Senior Leaving Certificate Examination (including Day School Certificate (Higher) General paper), 1948
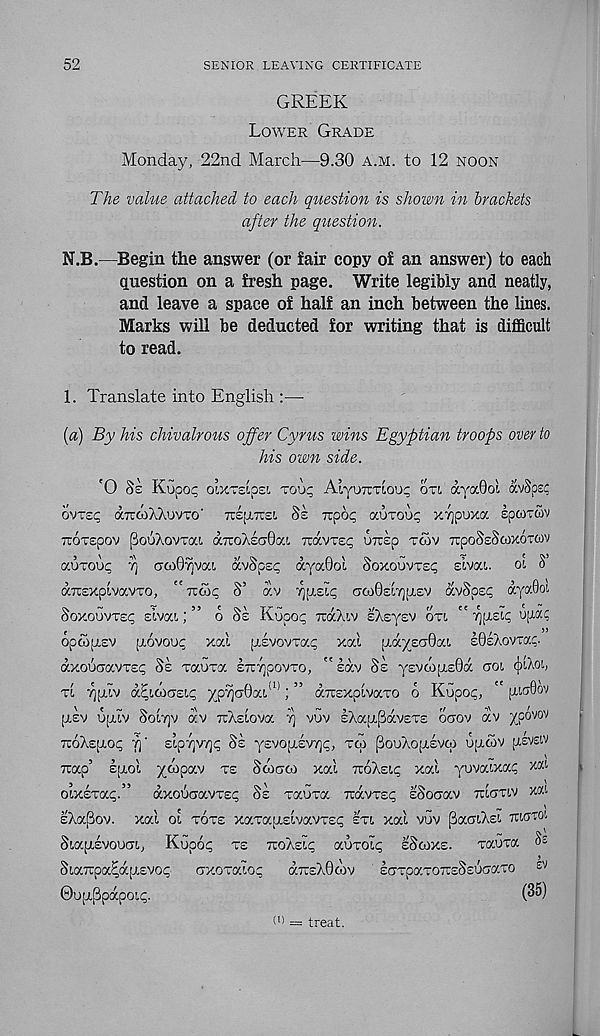
52
SENIOR LEAVING CERTIFICATE
GREEK
Lower Grade
Monday, 22nd March—9.30 a.m. to 12 noon
The value attached to each question is shown in brackets
after the question.
N.B.—Begin the answer (or fair copy of an answer) to each
question on a fresh page. Write legibly and neatly,
and leave a space of half an inch between the lines.
Marks will be deducted for writing that is difficult
to read.
1. Translate into English :—
[a) By his chivalrous offer Cyrus wins Egyptian troops over to
his own side.
'0 §£ Kupo^ OVATStpSL TOUp AlyUTITtoUp OTl (Xya0Ol CCvSpS?
ovtsc dbrwAXuvTo' Trspoist, Ss irpop auvoo^ xyjpuxa eporrcov
TTOTepov PoiSAovtou aTroXsaOai Travvep utuso tcov TrpoSsSwxoTOV
auTOOc V) (TcoByiva!. avSpsp ayaOol Soxouvte^ sivai. ol S’
axsxptvotvTO, ” 7icop S’ av
GooBetTjpiEV avSpsp ayaQoi.
Soxoovrsp slvat,;” o Se Kupop TuaAiv sAsysv or!, "^(TEip
opoojAEV [aovoup xal [TEVowap xal [jAyzaftc/x sBeAovrap.
axouaavTEp Se vauxa ExypovTO, " sav Se yEVW[AE0a goi
xt yplv aL,i<f>azic, yy>7]G§xi m ; ” aTTExpivaxo 6 Kupop, " [xiaOov
jtev u(aiv Soltjv av tcXelovoc f\ vuv £Aa[a(3av£TE ogov av XP°V 0V
TCoAEfXOc; 7] SLpTJWjP Se yEV0[X£V'7jp, Ttp PouAo[T£VW opiwv [TSVEIV
Trap’ Ejxol yGpav te Sgtgco xal xoXelc xal yuvaixap xai
oixsTap.” axoiJGavTE^ Se xaura rravTsp ISoGav tcIgtlv
EXa(3ov. xal ol tote xaTajj-slvavTsp etl xal vuv (BaGiAEi ttigto!.
SiapLsvouGi, Kupop te ttoXel^ auTolp eScoxe.
xaura Se
SiaTupa^aptEVop
GXOTalop
a7rsX0d)v
EGTpaTOTrsSEUGaTO £V
©UfxPpapoip.
(3°)
(■) = treat.